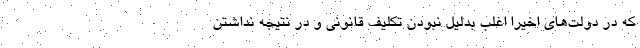
که در دولت‌های اخیرا اغلب بدلیل نبودن تکلیف قانونی و در نتیجه نداشتن